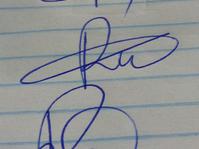
Signature authenticity: genuine